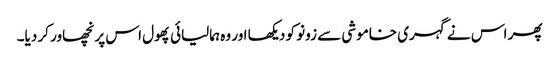
پھر اس نے گہری خاموشی سے زونو کو دیکھا اور وہ ہمالیائی پھول اس پر نچھاور کر دیا۔